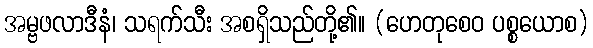
အမ္ဗဖလာဒီနံ၊ သရက်သီး အစရှိသည်တို့၏။ (ဟေတုစေဝ ပစ္စယောစ)